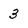
Character: 3